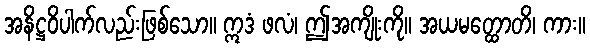
အနိဋ္ဌဝိပါက်လည်းဖြစ်သော။ ဣဒံ ဖလံ၊ ဤအကျိုးကို။ အယမတ္ထောတိ၊ ကား။